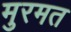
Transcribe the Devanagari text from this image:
मुरमत